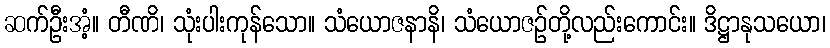
ဆက်ဦးအံ့။ တီဏိ၊ သုံးပါးကုန်သော။ သံယောဇနာနိ၊ သံယောဇဉ်တို့လည်းကောင်း။ ဒိဋ္ဌာနုသယော၊